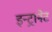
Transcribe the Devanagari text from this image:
इन्ट्रानेट